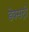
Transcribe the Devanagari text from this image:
डेक्सट्रो